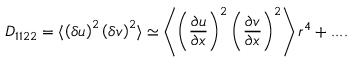
D _ { 1 1 2 2 } = \langle { \left( \delta u \right) ^ { 2 } \left( \delta v \right) ^ { 2 } } \rangle \simeq \left\langle { \left( \frac { \partial u } { \partial x } \right) ^ { 2 } \left( \frac { \partial v } { \partial x } \right) ^ { 2 } } \right\rangle r ^ { 4 } + . . . .